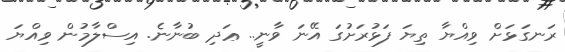
ރަނގަޅަށް ވިއްޔާ ތިޔަ ފަޅުރަށުގަ އޭނަ ވާނީ.. ޢަދި ބުނާނެ. އިސްލާމުން ވިއްޔަ